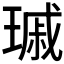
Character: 𤨟